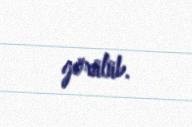
görülüb.